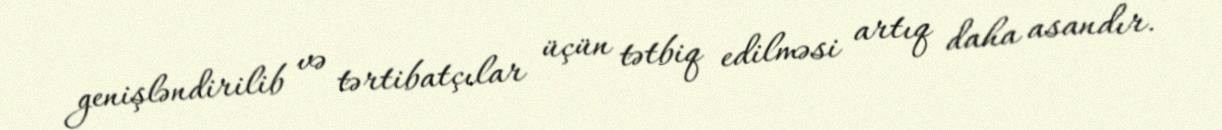
genişləndirilib və tərtibatçılar üçün tətbiq edilməsi artıq daha asandır.